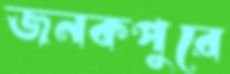
জনকপুরে